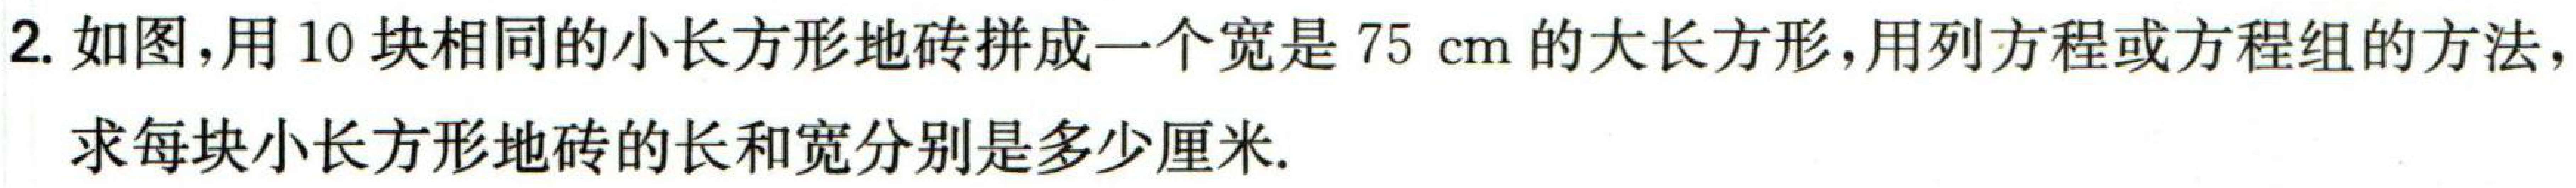
2. 如图，用10块相同的小长方形地砖拼成一个宽是75 cm的大长方形，用列方程或方程组的方法，求每块小长方形地砖的长和宽分别是多少厘米.